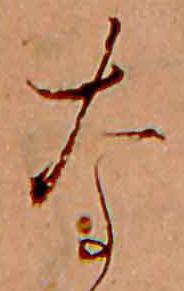
な